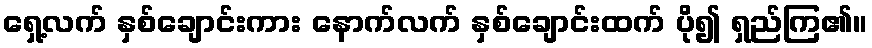
ရှေ့လက် နှစ်ချောင်းကား နောက်လက် နှစ်ချောင်းထက် ပို၍ ရှည်ကြ၏။